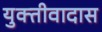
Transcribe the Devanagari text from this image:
युक्तीवादास